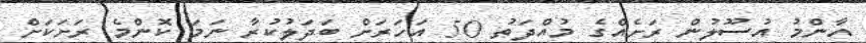
އާންމު އުސޫލުން ރަށެއްގެ މުއްދަތު 50 އަހަރަށް ބަދަލުކުރާ ނަމަ ކޮންމެ ރަށަކަށް